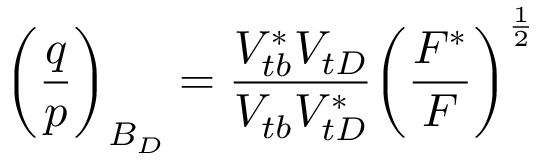
\biggl ( { \frac { q } { p } } \biggr ) _ { B _ { D } } = { \frac { V _ { t b } ^ { * } V _ { t D } } { V _ { t b } V _ { t D } ^ { * } } } \biggl ( { \frac { F ^ { * } } { F } } \biggr ) ^ { \frac { 1 } { 2 } }